Some observations on the poison of Russell's viper (Daboia russellii) - Number 3
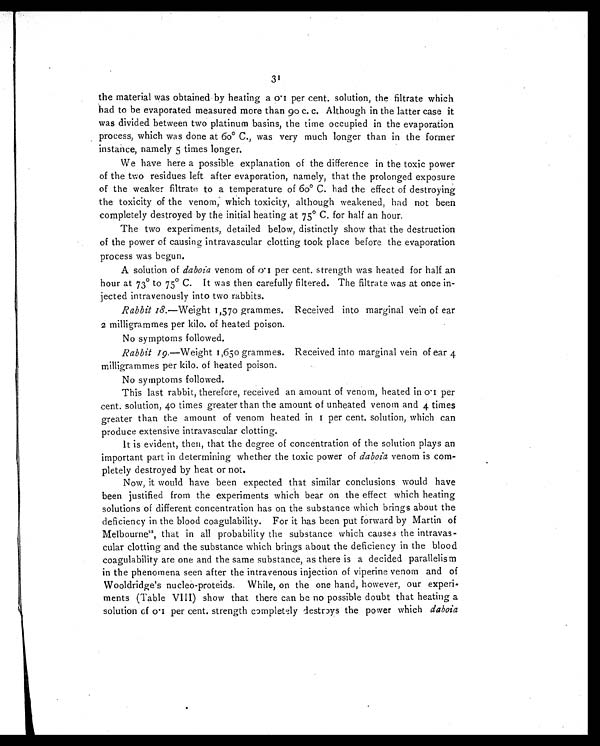
31
the material was obtained by heating a 0.1 per cent. solution, the filtrate which
had to be evaporated measured more than 90 c. c. Although in the latter case it
was divided between two platinum basins, the time occupied in the evaporation
process, which was done at 60° C., was very much longer than in the former
instance, namely 5 times longer.
We have here a possible explanation of the difference in the toxic power
of the two residues left after evaporation, namely, that the prolonged exposure
of the weaker filtrate to a temperature of 6o° C. had the effect of destroying
the toxicity of the venom, which toxicity, although weakened, had not been
completely destroyed by the initial heating at 75° C. for half an hour.
The two experiments, detailed below, distinctly show that the destruction
of the power of causing intravascular clotting took place before the evaporation
process was begun.
A solution of daboia venom of 0.1 per cent. strength was heated for half an
hour at 73° to 75° C. It was then carefully filtered. The filtrate was at once in-
jected intravenously into two rabbits.
Rabbit 18.—Weight 1,570 grammes. Received into marginal vein of ear
2 milligrammes per kilo. of heated poison.
No symptoms followed.
Rabbit 19.—Weight 1,650 grammes. Received into marginal vein of ear 4
milligrammes per kilo. of heated poison.
No symptoms followed.
This last rabbit, therefore, received an amount of venom, heated in 0.1 per
cent. solution, 40 times greater than the amount of unheated venom and 4 times
greater than the amount of venom heated in 1 per cent. solution, which can
produce extensive intravascular clotting.
It is evident, then, that the degree of concentration of the solution plays an
important part in determining whether the toxic power of daboia venom is com-
pletely destroyed by heat or not.
Now, it would have been expected that similar conclusions would have
been justified from the experiments which bear on the effect which heating
solutions of different concentration has on the substance which brings about the
deficiency in the blood coagulability. For it has been put forward by Martin of
Melbourne2 2
, that in all probability the substance which causes the intravas-
cular clotting and the substance which brings about the deficiency in the blood
coagulability are one and the same substance, as there is a decided parallelism
in the phenomena seen after the intravenous injection of viperine venom and of
Wooldridge's nucleo-proteids. While, on the one hand, however, our experi-
ments (Table VIII) show that there can be no possible doubt that heating a
solution of 0.1 per cent. strength completely destroys the power which daboia